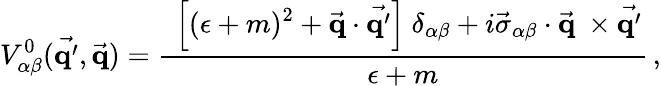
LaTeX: V_{\alpha\beta}^{0}(\vec{\mathrm{\mathbf q^{\prime}}},\vec{\mathrm{\mathbf q}})=\frac{\displaystyle\ \left[(\epsilon+m)^{2}+\vec{\mathrm{\mathbf q}}\cdot\vec{\mathrm{\mathbf q^{\prime}}}\right]\ \delta_{\alpha\beta}+i\vec{\mathbf\sigma}_{\alpha\beta}\cdot\vec{\mathrm{\mathbf q}}\ \times\vec{\mathrm{\mathbf q^{\prime}}}}{\displaystyle\epsilon+m}\, ,